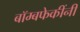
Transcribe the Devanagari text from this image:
बॉम्बफेकींनी